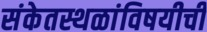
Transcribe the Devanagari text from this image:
संकेतस्थळांविषयीची